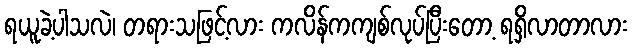
ရယူခဲ့ပါသလဲ၊ တရားသဖြင့်လား ကလိန်ကကျစ်လုပ်ပြီးတော့ ရရှိလာတာလား